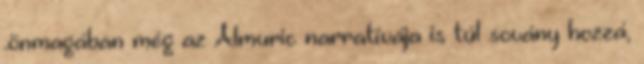
.önmagában még az Almuric narratívája is túl sovány hozzá,